Report of the Municipal Commissioner on the plague in Bombay for the year ending 31st May... - Volume 1
Disease focus: Plague
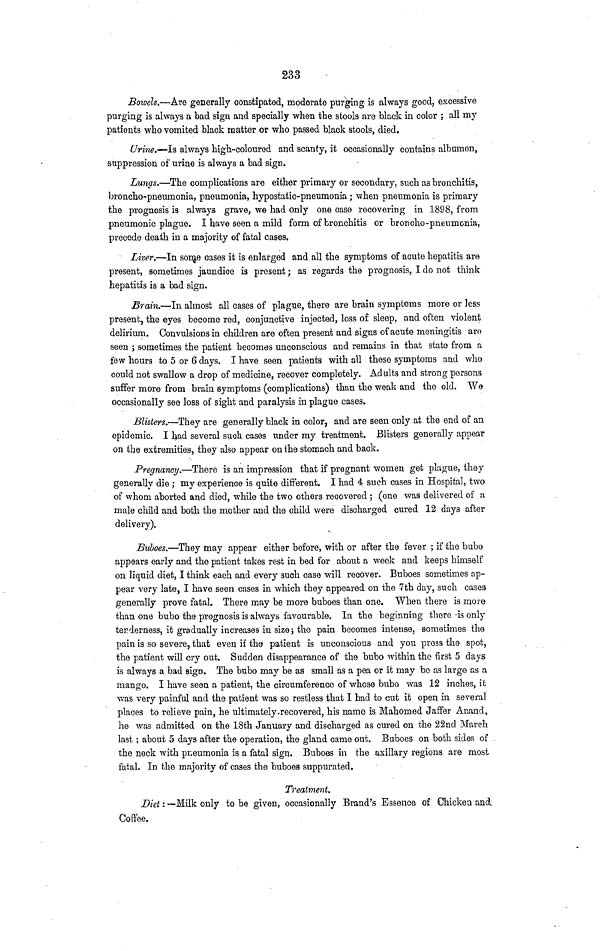
233
Bowels.—Are generally constipated, moderate purging is always good, excessive
purging is always a bad sign and specially when the stools are black in color; all my
patients who vomited black matter or who passed black stools, died.
Urine.—Is always high-coloured and scanty, it occasionally contains albumen,
suppression of urine is always a bad sign.
Lungs.—The complications are either primary or secondary, such as bronchitis,
broncho-pneumonia, pneumonia, hypostatic-pneumonia; when pneumonia is primary
the prognosis is always grave, we had only one case recovering in 1898, from
pneumonic plague. I have seen a mild form of bronchitis or broncho-pneumonia,
precede death in a majority of fatal cases.
Liver.—In some cases it is enlarged and all the symptoms of acute hepatitis are
present, sometimes jaundice is present; as regards the prognosis, I do not think
hepatitis is a bad sign.
Brain.—-In almost all cases of plague, there are brain symptoms more or less
present, the eyes become red, conjunctive injected, loss of sleep, and often violent
delirium. Convulsions in children are often present and signs of acute meningitis are
seen; sometimes the patient becomes unconscious and remains in that state from a
few hours to 5 or 6 days. I have seen patients with all these symptoms and who
could not swallow a drop of medicine, recover completely. Adults and strong persons
suffer more from brain symptoms (complications) than the weak and the old. We
occasionally see loss of sight and paralysis in plague cases.
Blisters.—They are generally black in color, and are seen only at the end of an
epidemic. I had several such cases under my treatment. Blisters generally appear
on the extremities, they also appear on the stomach and back.
Pregnancy.—There is an impression that if pregnant women get plague, they
generally die; my experience is quite different. I had 4 such cases in Hospital, two
of whom aborted and died, while the two others recovered; (one was delivered of a
male child and both the mother and the child were discharged cured 12 days after
delivery).
Buboes.—They may appear either before, with or after the fever; if the bubo
appears early and the patient takes rest in bed for about a week and keeps himself
on liquid diet, I think each and every such case will recover. Buboes sometimes ap-
pear very late, I have seen cases in which they appeared on the 7th day, such cases
generally prove fatal. There may be more buboes than one. When there is more
than one bubo the prognosis is always favourable. In the beginning there is only
tenderness, it gradually increases in size; the pain becomes intense, sometimes the
pain is so severe, that even if the patient is unconscious and you press the spot,
the patient will cry out. Sudden disappearance of the bubo within the first 5 days
is always a bad sign. The bubo may be as small as a pea or it may be as large as a
mango. I have seen a patient, the circumference of whose bubo was 12 inches, ifc
was very painful and the patient was so restless that I had to cut it open in several
places to rolieve pain, he ultimately .recovered, his name is Mahomed Jaffer Anand,
he was admitted on the 18th January and discharged as cured on the 22nd March
last; about 5 days after the operation, the gland came out. Buboes on both sides of
the neck with pneumonia is a fatal sign. Buboes in the axillary regions are most
fatal. In the majority of cases the buboes suppurated.
Treatment.
Diet: —Milk only to be given, occasionally Brand's Essence of Chicken and
Coffee.